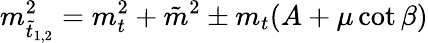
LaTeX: m_{\tilde{t}_{1,2}}^{2}=m_{t}^{2}+\tilde{m}^{2}\pm m_{t}(A+\mu\cot\beta)